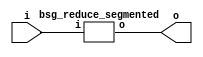
// This program was cloned from: https://github.com/chipsalliance/UHDM-integration-tests
// License: Apache License 2.0



module top
(
  i,
  o
);

  input [15:0] i;
  output [0:0] o;

  bsg_reduce_segmented
  wrapper
  (
    .i(i),
    .o(o)
  );


endmodule



module bsg_reduce_segmented
(
  i,
  o
);

  input [15:0] i;
  output [0:0] o;
  wire [0:0] o;
  wire N0,N1,N2,N3,N4,N5,N6,N7,N8,N9,N10,N11,N12,N13;
  assign o[0] = N13 ^ i[0];
  assign N13 = N12 ^ i[1];
  assign N12 = N11 ^ i[2];
  assign N11 = N10 ^ i[3];
  assign N10 = N9 ^ i[4];
  assign N9 = N8 ^ i[5];
  assign N8 = N7 ^ i[6];
  assign N7 = N6 ^ i[7];
  assign N6 = N5 ^ i[8];
  assign N5 = N4 ^ i[9];
  assign N4 = N3 ^ i[10];
  assign N3 = N2 ^ i[11];
  assign N2 = N1 ^ i[12];
  assign N1 = N0 ^ i[13];
  assign N0 = i[15] ^ i[14];

endmodule